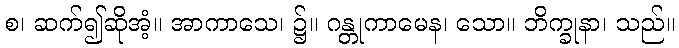
စ၊ ဆက်၍ဆိုအံ့။ အာကာသေ၊ ၌။ ဂန္တုကာမေန၊ သော။ ဘိက္ခုနာ၊ သည်။